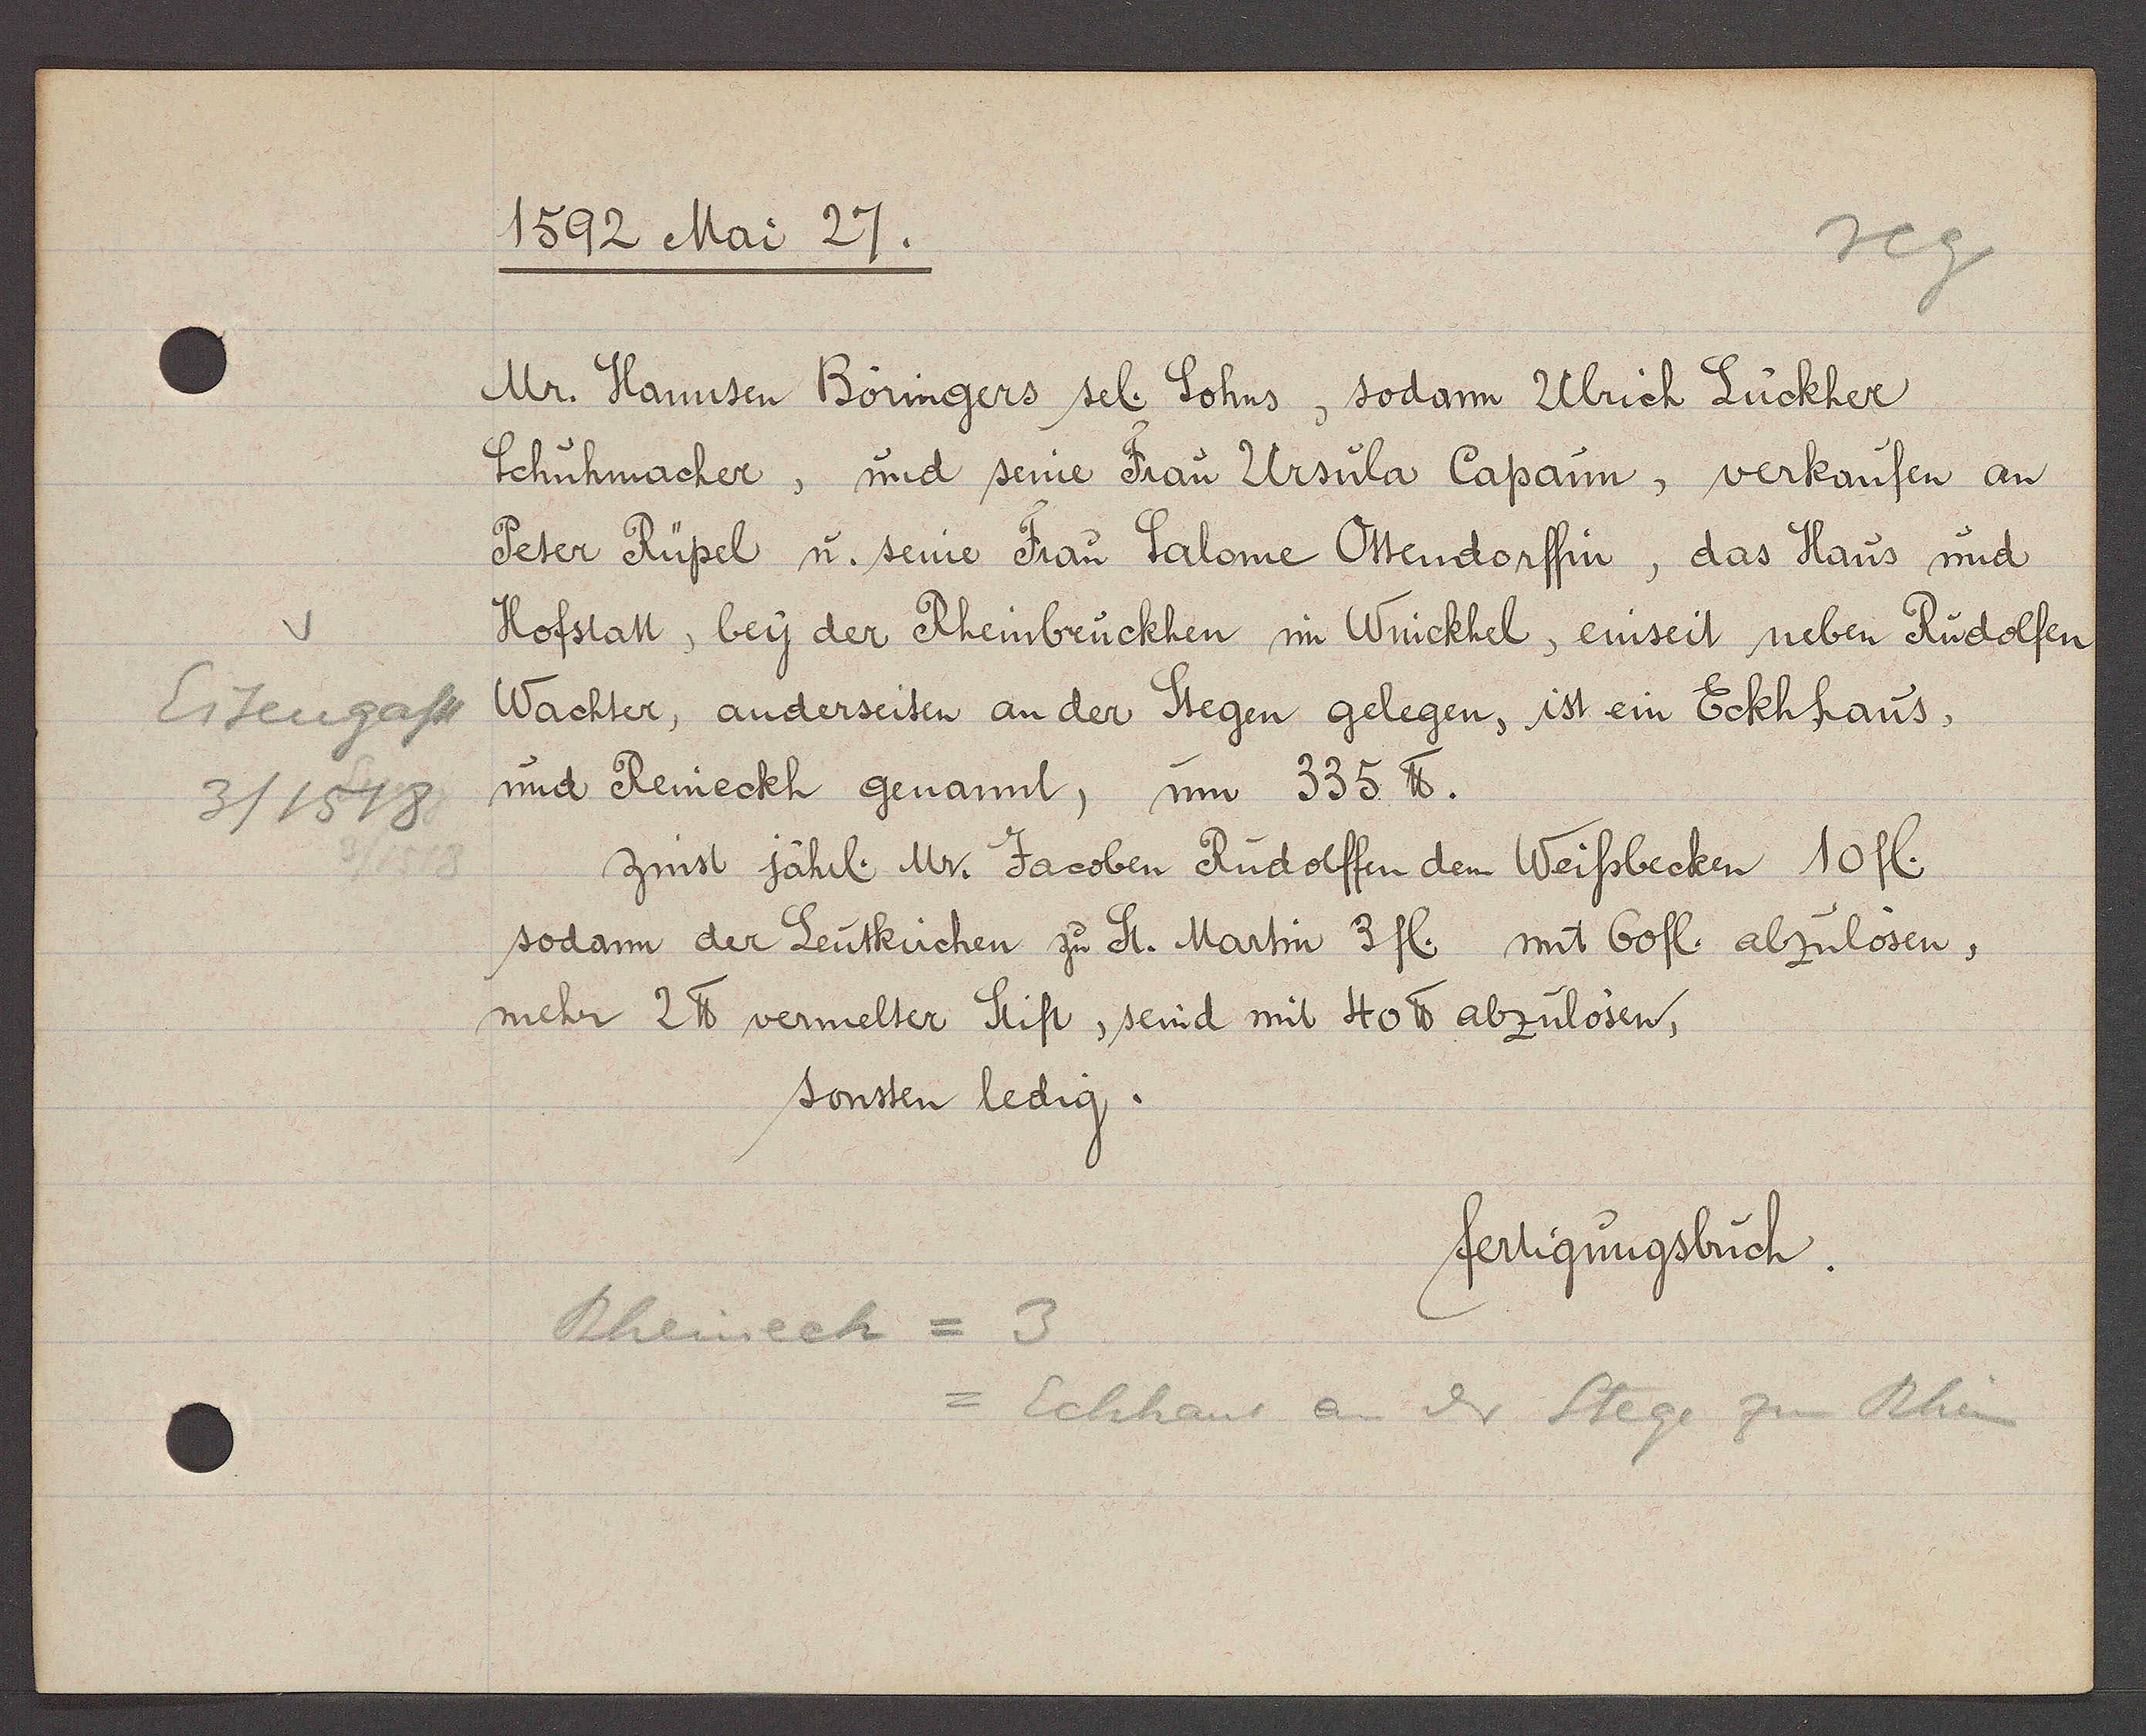
Transcript:
Eisengasse
3/1518

1592 Mai 27.

Mr. Hannsen Böringers sel. Sohns, sodann Ulrich Lückher
Schuhmacher, und seine Frau Ursula Capaun, verkaufen an
Peter Rüpel u. seine Frau Salome Ottendorffin, das Haus und
Hofstatt, bey der Rheinbruckhen im Winckhel, einseit neben Rudolfen
Wachter, anderseiten an den Stegen gelegen, ist ein Eckhhaus,
und Reineckh genannt, um 335 ℔.
zinst jährl. Mr. Jacoben Rudolffen dem Weissbecken 10 fl.
sodann der Leutkirchen zu St. Martin 3 fl. mit 60 fl. abzulösen,
mehr 2 ℔ vermelter Stift, seind mit 40 ℔ abzulösen,
sonsten ledig.

fertigungsbuch.

Rheineck = 3
= Eckhaus an dr Stege zum
Rhein